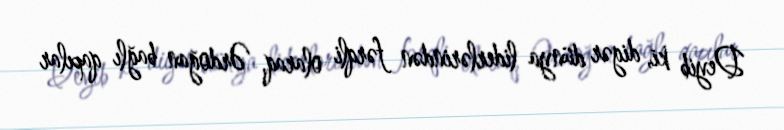
Deyib ki, digər dünya liderlərindən fərqli olaraq, Ərdoğan bağlı qapılar